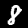
Digit: 8